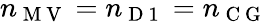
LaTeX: n_{\mathrm{~M~V~}}=n_{\mathrm{~D~1~}}=n_{\mathrm{~C~G~}}